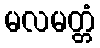
မလမတ္တံ